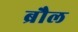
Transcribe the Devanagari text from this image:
ब्रौल